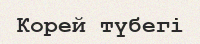
Корей түбегі